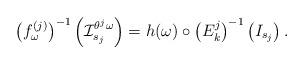
LaTeX: \begin{align*} \left(f^{(j)} _\omega \right)^{-1} \left(\mathcal I ^{\theta ^j \omega} _{s_j}\right) = h(\omega) \circ \left(E_k^j\right) ^{-1} \left( I_{s_j}\right).\end{align*}